Supplement to the account of plague administration in the Bombay Presidency from September 1896 till May 1897
Year: 1896
Disease focus: Plague
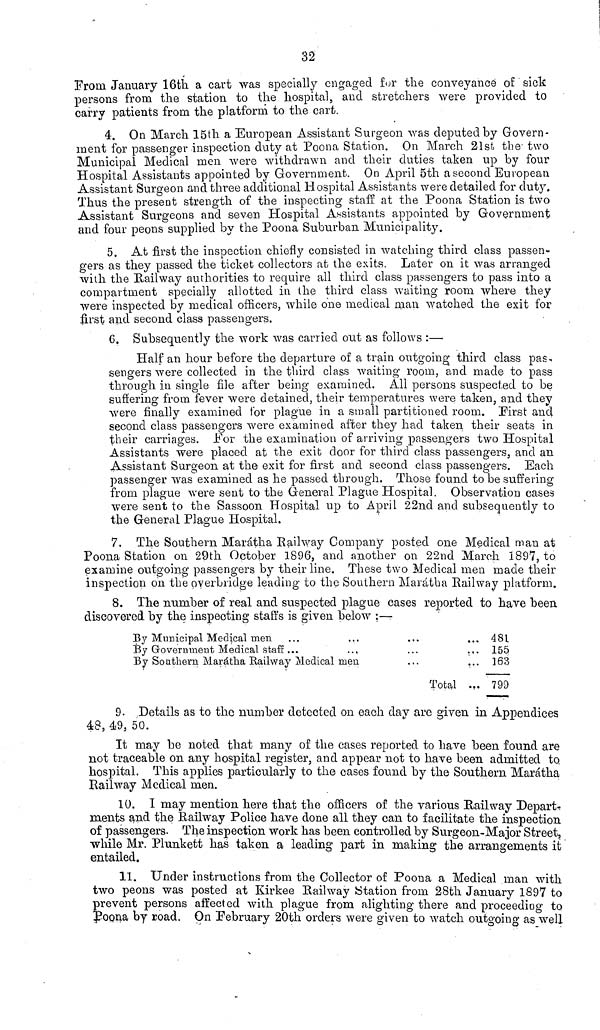
32
From in January 16th a cart was specially engaged for the conveyance of sick
persons from the station to the hospital, and stretchers were provided to
carry patients from the platform to the cart.
4. On March 15th a European Assistant Surgeon was deputed by Govern-
ment for passenger inspection duty at Poona Station. On March 21st the two
Municipal Medical men were withdrawn and their duties taken up by four
Hospital Assistants appointed by Government. On April 5th a second European
Assistant Surgeon and three additional Hospital Assistants were detailed for duty.
Thus the present strength of the inspecting staff at the Poona Station is two
Assistant Surgeons and seven Hospital Assistants appointed by Government
and four peons supplied by the Poona Suburban Municipality.
5. At first the inspection chiefly consisted in watching third class passen-
gers as they passed the ticket collectors at the exits. Later on it was arranged
with the Railway authorities to require all third class passengers to pass into a
compartment specially allotted in the third class waiting room where they
were inspected by medical officers, while one medical man watched the exit for
first and second class passengers.
6. Subsequently the work was carried out as follows :—
Half an hour before the departure of a train outgoing third class pas
sengers were collected in the third class waiting room, and made to pass
through in single file after being examined. All persons suspected to be
suffering from fever were detained, their temperatures were taken, and they
were finally examined for plague in a small partitioned room. First and
second class passengers were examined after they had taken their seats in
their carriages. For the examination of arriving passengers two Hospital
Assistants were placed at the exit door for third class passengers, and an
Assistant Surgeon at the exit for first and second class passengers. Each
passenger was examined as he passed through. Those found to be suffering
from plague were sent to the General Plague Hospital. Observation cases
were sent to the Sassoon Hospital up to April 22nd and subsequently to
the General Plague Hospital.
7. The Southern Marátha Railway Company posted one Medical man at
Poona Station on 29th October 1896, and another on 22nd March 1897, to
examine outgoing passengers by their line. These two Medical men made their
inspection on the overbridge leading to the Southern Marátha Railway platform.
8. The number of real and suspected plague cases reported to have been
discovered by the inspecting staffs is given below :—
By Municipal Medical men
By Government Medical staff ...
By Southern Marátha Railway Medical men
...
...
...
Total
...
...
...
...
481
155
163
799
9. Details as to the number detected on each clay are given in Appendices
48, 49, 50.
It may be noted that many of the cases reported to have been found are
not traceable on any hospital register, and appear not to have been admitted to
hospital. This applies particularly to the cases found by the Southern Marátha
Railway Medical men.
10. I may mention here that the officers of the various Railway Depart-
ments and the Railway Police have done all they can to facilitate the inspection
of passengers. The inspection work has been controlled by Surgeon-Major Street,
while Mr. Plunkett has taken a leading part in making the arrangements it
entailed.
11. Under instructions from the Collector of Poona a Medical man with
two peons was posted at Kirkee Railway Station from 28th January 1897 to
prevent persons affected with plague from alighting there and proceeding to
Poona by road. On February 20th orders were given to watch outgoing as well